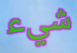
شيء